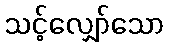
သင့်လျှော်သော